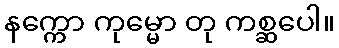
နက္ကော ကုမ္မော တု ကစ္ဆပေါ။